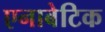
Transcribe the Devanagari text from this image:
एनाबेटिक